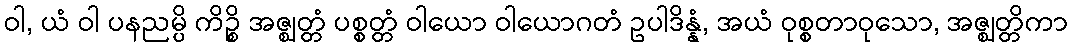
ဝါ, ယံ ဝါ ပနညမ္ပိ ကိဉ္စိ အဇ္ဈတ္တံ ပစ္စတ္တံ ဝါယော ဝါယောဂတံ ဥပါဒိန္နံ, အယံ ဝုစ္စတာဝုသော, အဇ္ဈတ္တိကာ